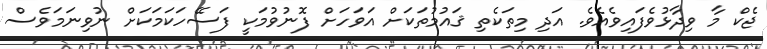
ޖެކް މާ ވިދާޅުވެފައިވެއެވެ. އަދި މިތަކެތި ޤައުމުތަކަށް އަވަހަށް ފޮނުވުމަކީ ފަސޭހަކަމަކަށް ނުވިނަމަވެސް